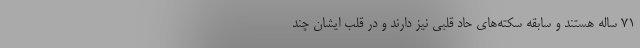
۷۱ ساله هستند و سابقه سکته‌های حاد قلبی نیز دارند و در قلب ایشان چند